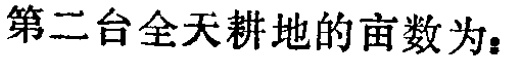
第二台全天耕地的亩数为：